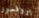
بروفسور